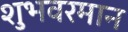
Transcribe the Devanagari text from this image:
शुभवरमान